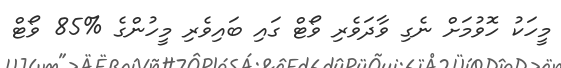
މީހަކު ހޮވުމަށް ނެގި ވާދަވެރި ވޯޓް ގައި ބައިވެރި މީހުންގެ %85 ވޯޓް